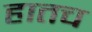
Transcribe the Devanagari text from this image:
हातच